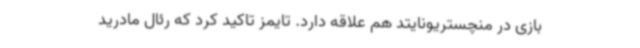
بازی در منچستریونایتد هم علاقه دارد. تایمز تاکید کرد که رئال مادرید